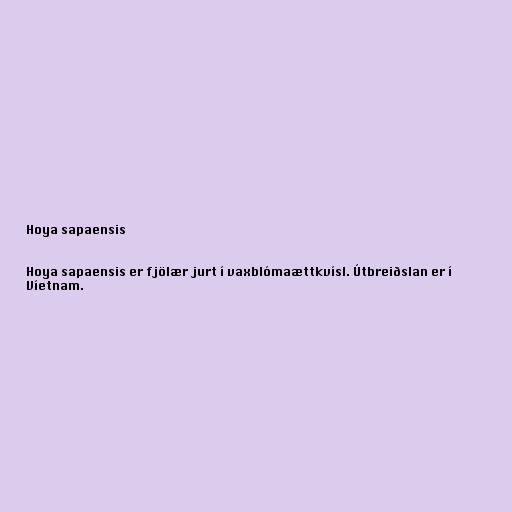
Hoya sapaensis

Hoya sapaensis er fjölær jurt í vaxblómaættkvísl. Útbreiðslan er í
Víetnam.